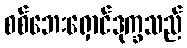
စစ်ဘေးရှောင်ဒုက္ခသည်